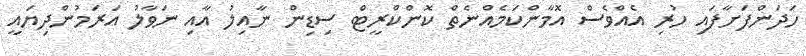
ހަދަންފަށާފައި ހުރި އެއްވެސް އޮމާންކަމެއްނެތް ކޮންކްރީޓް ސިޑިން ނާއިލު އާއި ނަވާލު އަރަމުންދިޔައީ